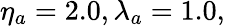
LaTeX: \eta_{a}=2.0,\lambda_{a}=1.0,